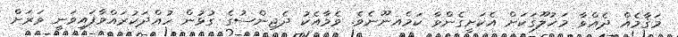
މަޤާމެއް ދެއްވާ މަޚުލޫޤަކަށް އެކަށީގެންވާ ކަމެއނޫނެވެ. ވެމާއެކު ދެޖިންސުގެ ގުޅުން ހުއްދަކުރައްވާފައިވަނީ ވަރަށް